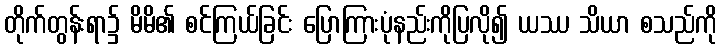
တိုက်တွန်းရာ၌ မိမိ၏ စင်ကြယ်ခြင်း ပြောကြားပုံနည်းကိုပြလို၍ ယဿ သိယာ စသည်ကို